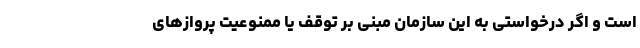
است و اگر درخواستی به این سازمان مبنی بر توقف یا ممنوعیت پروازهای